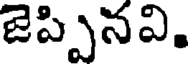
జెప్పినవి.